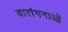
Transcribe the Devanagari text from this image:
वारांगनाओं